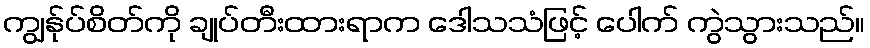
ကျွန်ုပ်စိတ်ကို ချုပ်တီးထားရာက ဒေါသသံဖြင့် ပေါက် ကွဲသွားသည်။